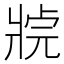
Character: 𤖊